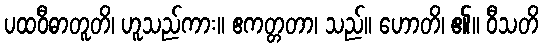
ပထဝီဓာတူတိ၊ ဟူသည်ကား။ ဧကတ္တတာ၊ သည်။ ဟောတိ၊ ၏။ ဝီသတိ